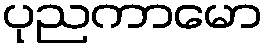
ပုညကာမော